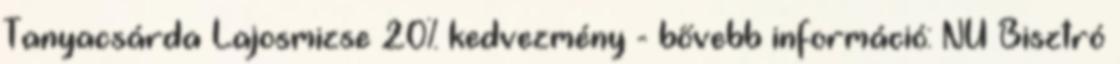
Tanyacsárda Lajosmizse 20% kedvezmény - bővebb információ: NU Bisztró